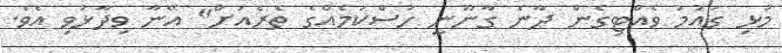
މުޅި ގައުމު ވެއްޓިގެން ދާނެ ގާނޫނީ ހުސްކަމެއްގެ ތެރެއަށް" އޭނާ ވިދާޅުވި އެވެ.